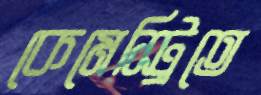
কেমেস্ট্রিতে